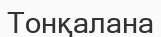
Тонқалана